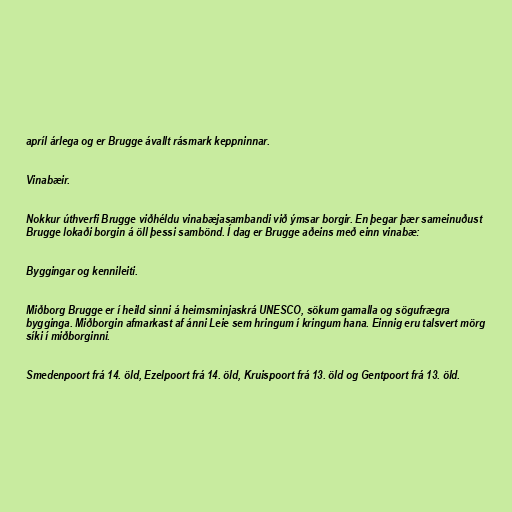
apríl árlega og er Brugge ávallt rásmark keppninnar.

Vinabæir.

Nokkur úthverfi Brugge viðhéldu vinabæjasambandi við ýmsar borgir. En þegar þær sameinuðust
Brugge lokaði borgin á öll þessi sambönd. Í dag er Brugge aðeins með einn vinabæ:

Byggingar og kennileiti.

Miðborg Brugge er í heild sinni á heimsminjaskrá UNESCO, sökum gamalla og sögufrægra
bygginga. Miðborgin afmarkast af ánni Leie sem hringum í kringum hana. Einnig eru talsvert mörg
síki í miðborginni.

Smedenpoort frá 14. öld, Ezelpoort frá 14. öld, Kruispoort frá 13. öld og Gentpoort frá 13. öld.